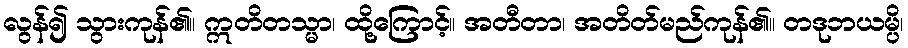
လွန်၍ သွားကုန်၏။ ဣတိတသ္မာ၊ ထို့ကြောင့်။ အတီတာ၊ အတိတ်မည်ကုန်၏။ တဒုဘယမ္ပိ၊